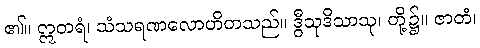
၏။ ဣတရံ၊ သံသရဏလောဟိတသည်။ ဒွီသုဒိသာသု၊ တို့၌။ ဇာတံ၊